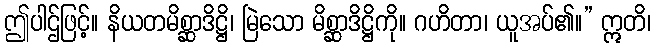
ဤပါဌ်ဖြင့်။ နိယတမိစ္ဆာဒိဋ္ဌိ၊ မြဲသော မိစ္ဆာဒိဋ္ဌိကို။ ဂဟိတာ၊ ယူအပ်၏။” ဣတိ၊